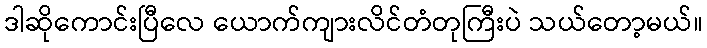
ဒါဆိုကောင်းပြီလေ ယောက်ကျားလိင်တံတုကြီးပဲ သယ်တော့မယ်။